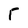
Character: T